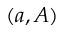
( a , A )